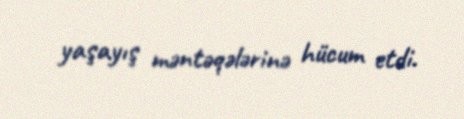
yaşayış məntəqələrinə hücum etdi.